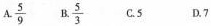
A. \frac{5}{9} B. \frac{5}{3} C.5 D.7